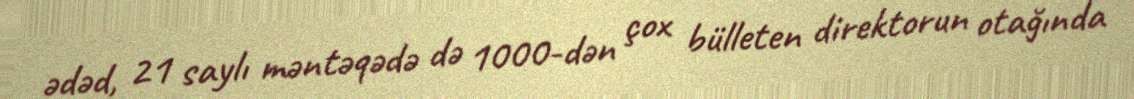
ədəd, 21 saylı məntəqədə də 1000-dən çox bülleten direktorun otağında